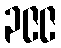
၃၉၉